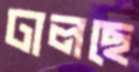
ঢালছে